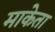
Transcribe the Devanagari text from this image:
माकेता